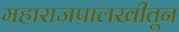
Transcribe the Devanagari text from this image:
महाराजपालखीतून